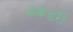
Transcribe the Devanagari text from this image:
सेंकेडरी